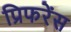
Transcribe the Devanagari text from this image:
प्रिफरेंस